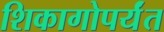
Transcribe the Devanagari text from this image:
शिकागोपर्यंत